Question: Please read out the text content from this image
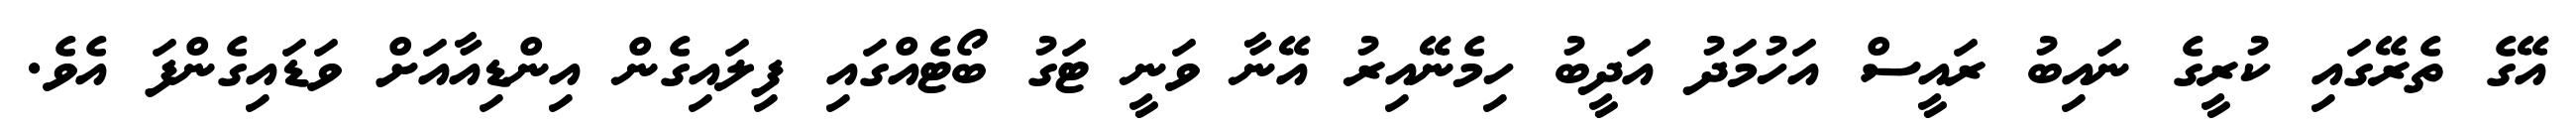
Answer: އޭގެ ތެރޭގައި ކުރީގެ ނައިބު ރައީސް އަހުމަދު އަދީބު ހިމެނޭއިރު އޭނާ ވަނީ ޓަގު ބޯޓެއްގައި ފިލައިގެން އިންޑިއާއަށް ވަޑައިގެންފަ އެވެ.